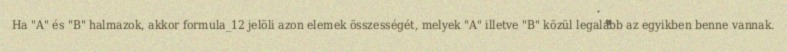
Ha "A" és "B" halmazok, akkor formula_12 jelöli azon elemek összességét, melyek "A" illetve "B" közül legalább az egyikben benne vannak.